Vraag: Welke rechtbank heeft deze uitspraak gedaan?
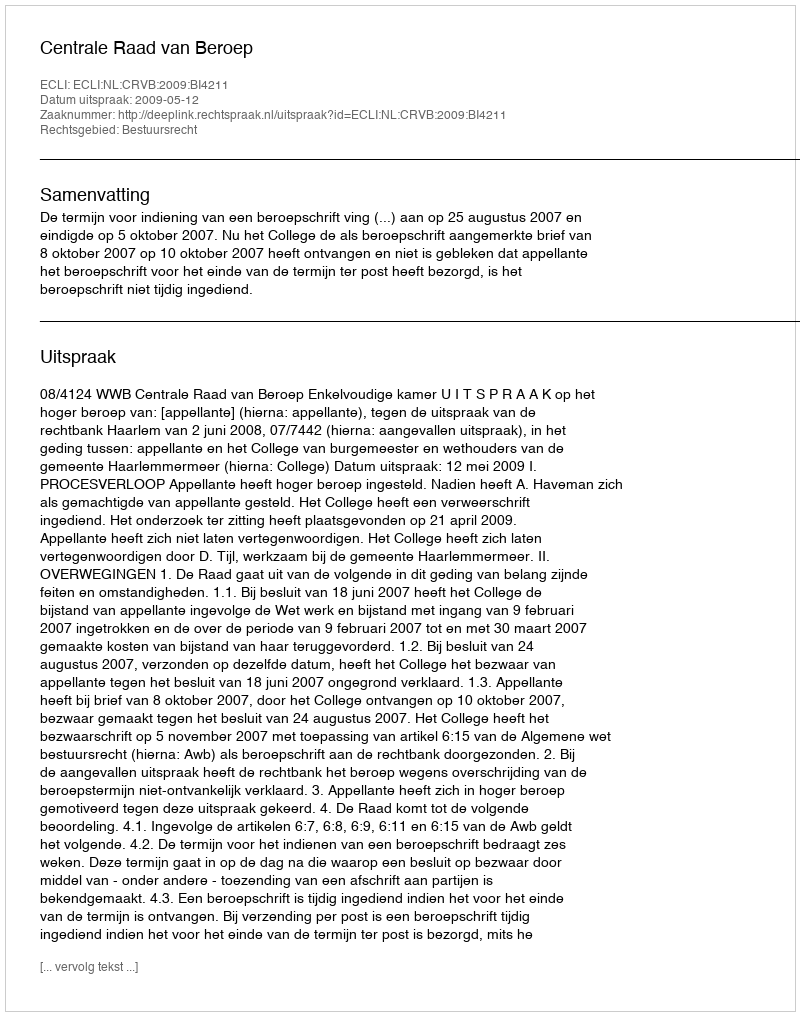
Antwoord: Centrale Raad van Beroep